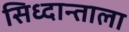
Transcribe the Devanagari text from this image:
सिध्दान्ताला